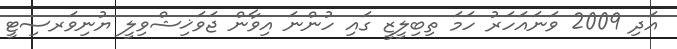
އަދި 2009 ވަނައަހަރު ހަމަ ތިބިލީޒީ ގައި ހުންނަ އިވާން ޖަވަޚިޝްވިލީ ޔުނިވަރސިޓީ